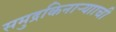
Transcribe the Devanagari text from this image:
समुद्रकिनाऱ्यााची